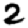
Digit: 2